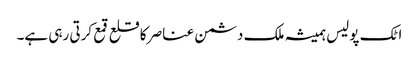
اٹک پولیس ہمیشہ ملک دشمن عناصر کا قلع قمع کرتی رہی ہے۔